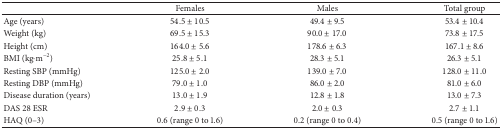
<table><thead><tr><td><b> </b></td><td><b>Females</b></td><td><b>Males</b></td><td><b>Total group</b></td></tr></thead><tbody><tr><td>Age (years)</td><td>54.5 ± 10.5</td><td>49.4 ± 9.5</td><td>53.4 ± 10.4</td></tr><tr><td>Weight (kg)</td><td>69.5 ± 15.3</td><td>90.0 ± 17.0</td><td>73.8 ± 17.5</td></tr><tr><td>Height (cm)</td><td>164.0 ± 5.6</td><td>178.6 ± 6.3</td><td>167.1 ± 8.6</td></tr><tr><td>BMI (kg·m<sup>−2</sup>)</td><td>25.8 ± 5.1</td><td>28.3 ± 5.1</td><td>26.3 ± 5.1</td></tr><tr><td>Resting SBP (mmHg)</td><td>125.0 ± 2.0</td><td>139.0 ± 7.0</td><td>128.0 ± 11.0</td></tr><tr><td>Resting DBP (mmHg)</td><td>79.0 ± 1.0</td><td>86.0 ± 2.0</td><td>81.0 ± 6.0</td></tr><tr><td>Disease duration (years)</td><td>13.0 ± 1.9</td><td>12.8 ± 1.8</td><td>13.0 ± 7.3</td></tr><tr><td>DAS 28 ESR</td><td>2.9 ± 0.3</td><td>2.0 ± 0.3</td><td>2.7 ± 1.1</td></tr><tr><td>HAQ (0–3)</td><td>0.6 (range 0 to 1.6)</td><td>0.2 (range 0 to 0.4)</td><td>0.5 (range 0 to 1.6)</td></tr></tbody></table>